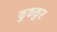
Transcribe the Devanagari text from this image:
कुककुर